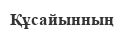
Құсайынның